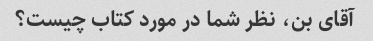
آقای بن، نظر شما در مورد کتاب چیست؟